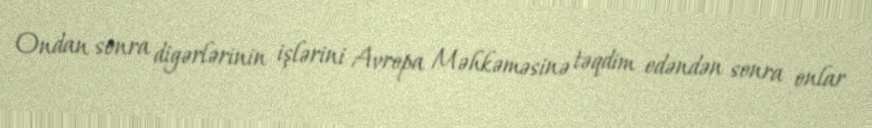
Ondan sonra digərlərinin işlərini Avropa Məhkəməsinə təqdim edəndən sonra onlar